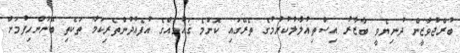
ބުރްޖުވާޒީން ދުނިޔެވީ ބާޒާރު އިސްތިޣުލާލުކުރުމުގެ ތެރޭގައި ކޮންމެ ޤައުމެއްގެ އުފެއުދުންތެރިކަމާ ތަކެތި ބޭނުންހިފުމަށް